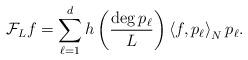
LaTeX: \begin{align*}\mathcal{F}_Lf=\sum_{\ell=1}^{d}h\left(\frac{\deg p_{\ell}}{L}\right)\left<f,p_{\ell}\right>_Np_{\ell}.\end{align*}